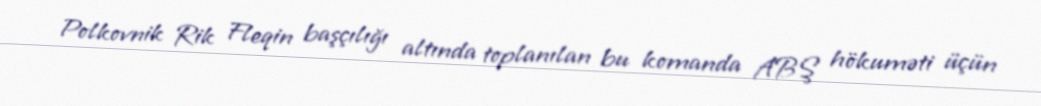
Polkovnik Rik Fleqin başçılığı altında toplanılan bu komanda ABŞ hökuməti üçün